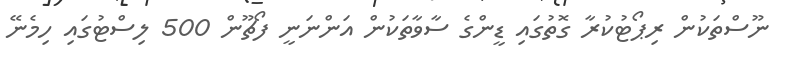
ނޫސްތަކުން ރިޕޯޓުކުރާ ގޮތުގައި ޑީންގެ ސާވާތަކުން އަންނަނީ ފޯޗޫން 500 ލިސްޓުގައި ހިމެނޭ